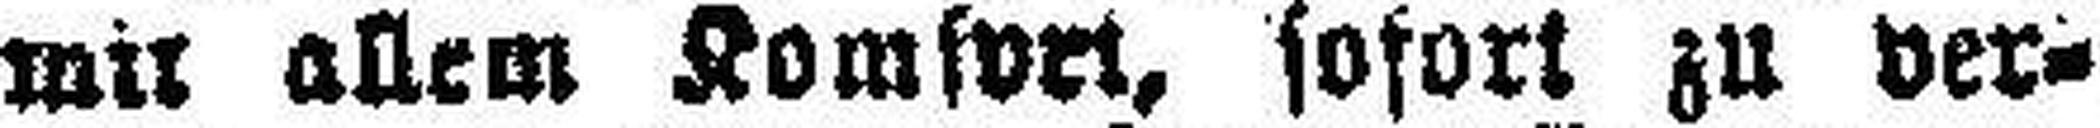
mit allem Komfort, sofort zu ver¬